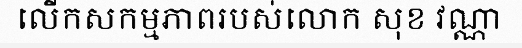
លើកសកម្មភាពរបស់លោក សុខ វណ្ណា